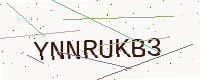
Text: YNNRUKB3